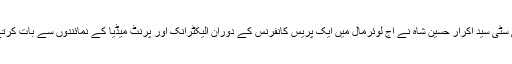
یہ بات ایس پی سٹی سید اکرار حسین شاہ نے آج لوئرمال میں ایک پریس کانفرنس کے دوران الیکٹرانک اور پرنٹ میڈیا کے نمائندوں سے بات کرتے ہوئے بتائی۔